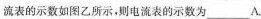
流表的示数如图乙所示，则电流表的示数为___A。